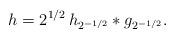
LaTeX: \begin{align*}h = 2^{1/2} \, h_{2^{-1/2} } \ast g_{2^{-1/2} }.\end{align*}